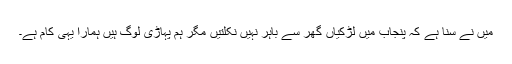
میں نے سُنا ہے کہ پنجاب میں لڑکیاں گھر سے باہر نہیں نکلتیں مگر ہم پہاڑی لوگ ہیں ہمارا یہی کام ہے۔